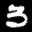
Label: 3